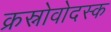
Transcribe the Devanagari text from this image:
क्रस्नोवोदस्क